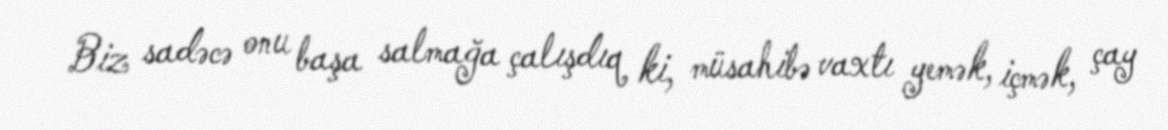
Biz sadəcə onu başa salmağa çalışdıq ki, müsahibə vaxtı yemək, içmək, çay